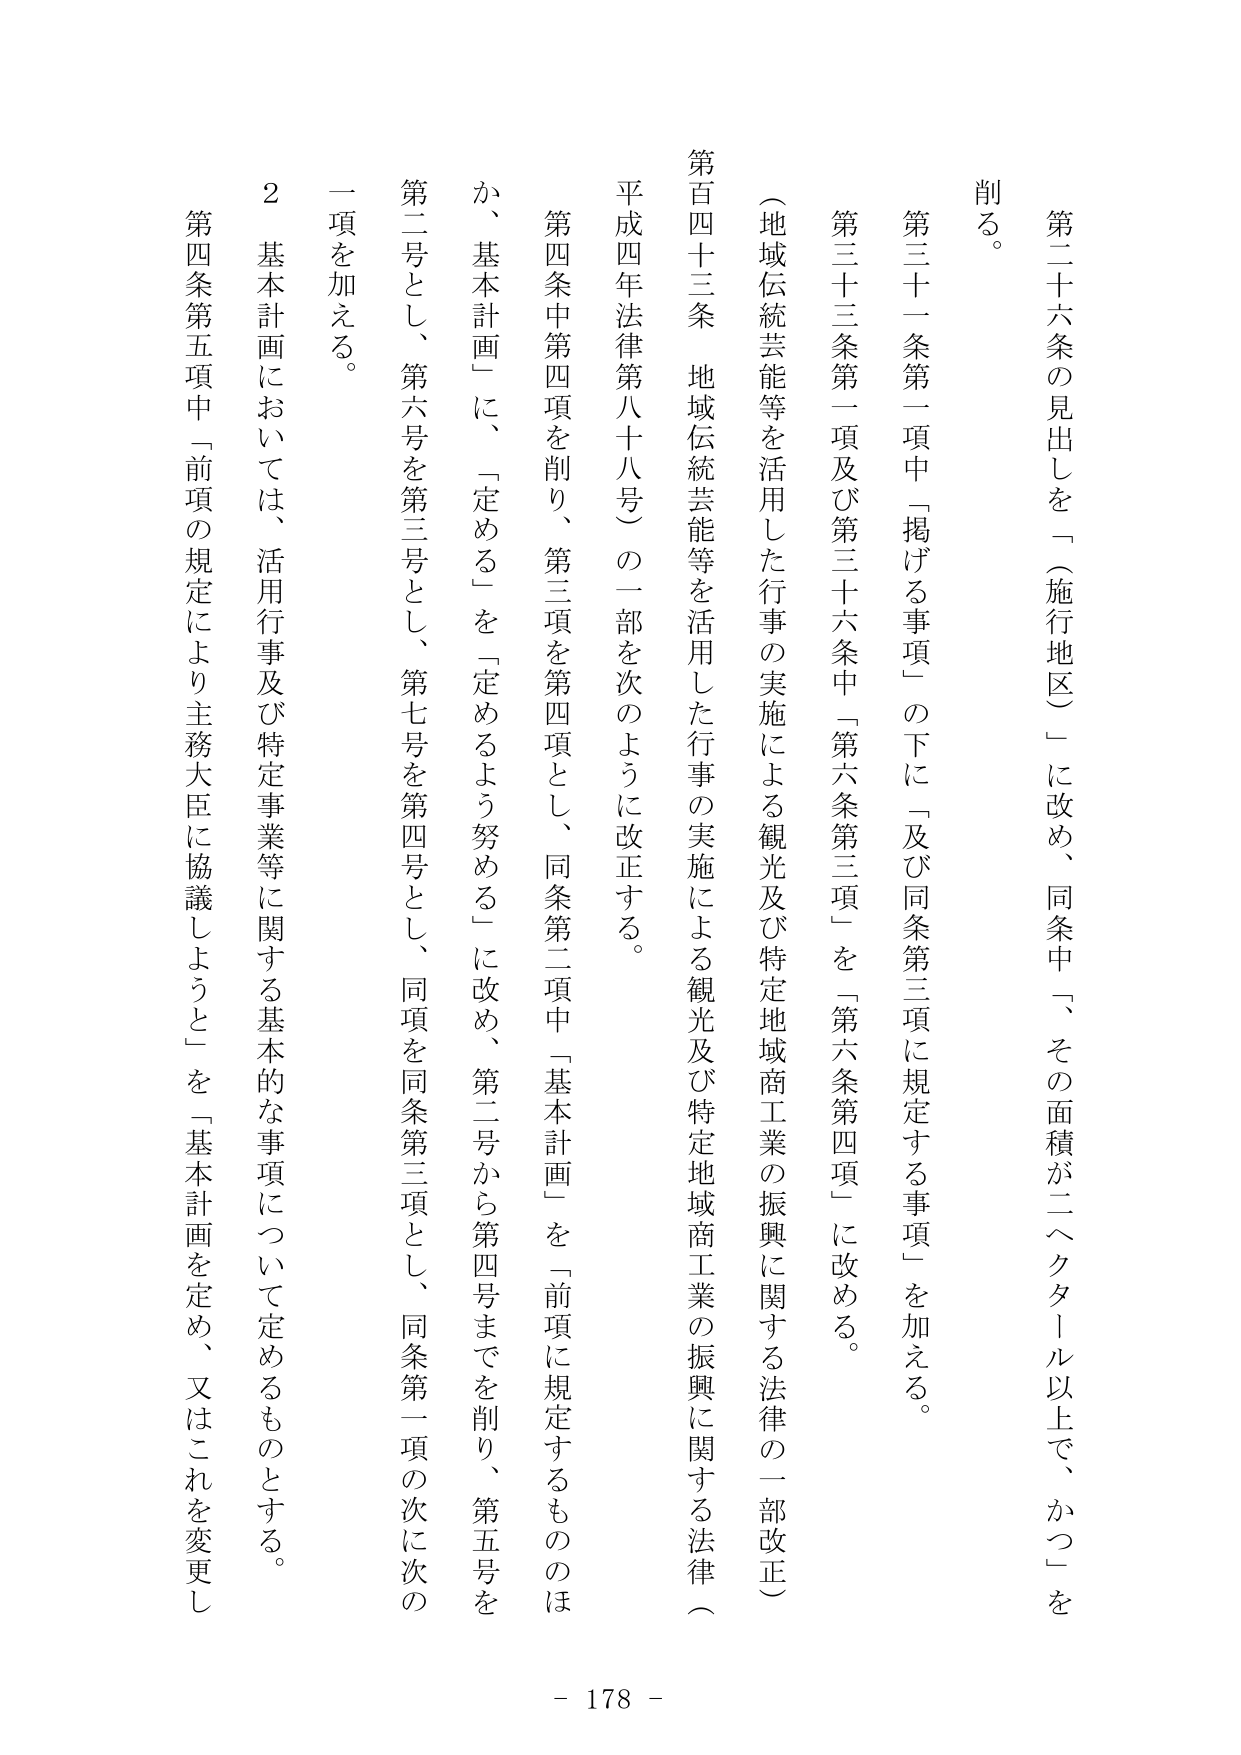
第二十六条の見出しを「（施行地区）」に改め、同条中「、その面積が二ヘクタール以上で、かつ」を削る。

第三十一条第一項中「掲げる事項」の下に「及び同条第三項に規定する事項」を加える。

第三十三条第一項及び第三十六条中「第六条第三項」を「第六条第四項」に改める。

（地域伝統芸能等を活用した行事の実施による観光及び特定地域商工業の振興に関する法律の一部改正）

第百四十三条 地域伝統芸能等を活用した行事の実施による観光及び特定地域商工業の振興に関する法律（平成四年法律第八十八号）の一部を次のように改正する。

第四条中第四項を削り、第三項を第四項とし、同条第二項中「基本計画」を「前項に規定するもののほか、基本計画」に、「定める」を「定めるよう努める」に改め、第二号から第四号までを削り、第五号を第二号とし、第六号を第三号とし、第七号を第四号とし、同項を同条第三項とし、同条第一項の次に次の一項を加える。

２ 基本計画においては、活用行事及び特定事業等に関する基本的な事項について定めるものとする。

第四条第五項中「前項の規定により主務大臣に協議しようとする」を「基本計画を定め、又はこれを変更し

- 178 -